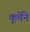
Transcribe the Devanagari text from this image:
कूर्चेने